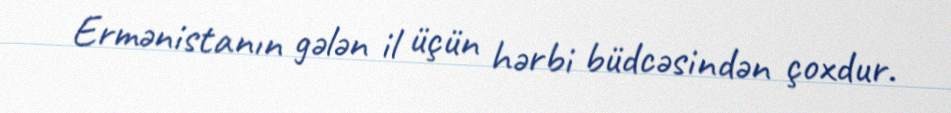
Ermənistanın gələn il üçün hərbi büdcəsindən çoxdur.